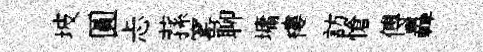
坡圓忐蓀窰聊墉樓訪愴傅轟